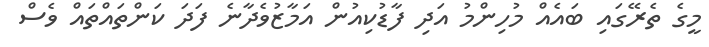
މީގެ ތެރޭގައި ބައެއް މުހިންމު އަދި ފާޑުކިއުން އަމާޒުވެދާނެ ފަދަ ކަންތައްތައް ވެސް